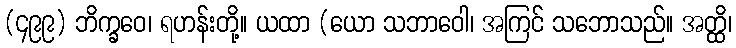
(၄၉၉) ဘိက္ခဝေ၊ ရဟန်းတို့။ ယထာ (ယော သဘာဝေါ၊ အကြင် သဘောသည်။ အတ္ထိ၊